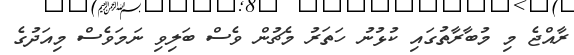
ރާއްޖެ މި މުބާރާތުގައި ކުޅުނު ހަތަރު މެޗުން ވެސް ބަލިވި ނަމަވެސް މިއަދުގެ